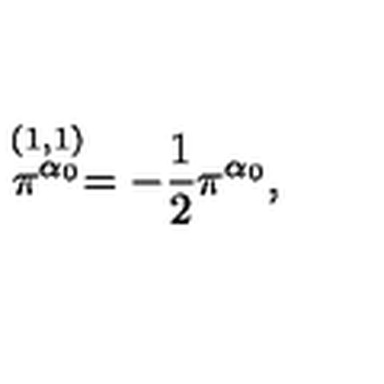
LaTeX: \stackrel { ( 1 , 1 ) } { \pi ^ { \alpha _ { 0 } } } = - { \frac { 1 } { 2 } } \pi ^ { \alpha _ { 0 } } ,